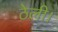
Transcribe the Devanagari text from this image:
ठेली।